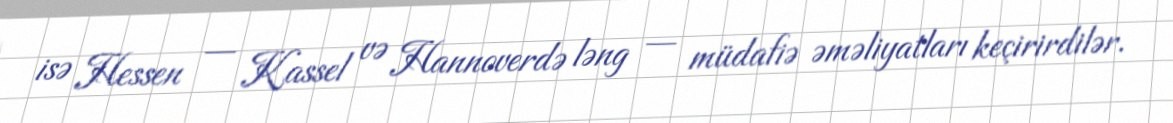
isə Hessen — Kassel və Hannoverdə ləng — müdafiə əməliyatları keçirirdilər.